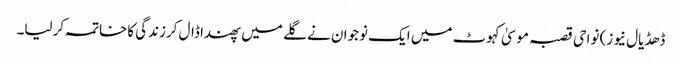
ڈھڈیال نیوز) نواحی قصبہ موسیٰ کہوٹ میں ایک نوجوان نے گلے میں پھندا ڈال کرزندگی کاخاتمہ کرلیا۔